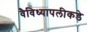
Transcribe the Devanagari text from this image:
वैविध्यापलीकडे